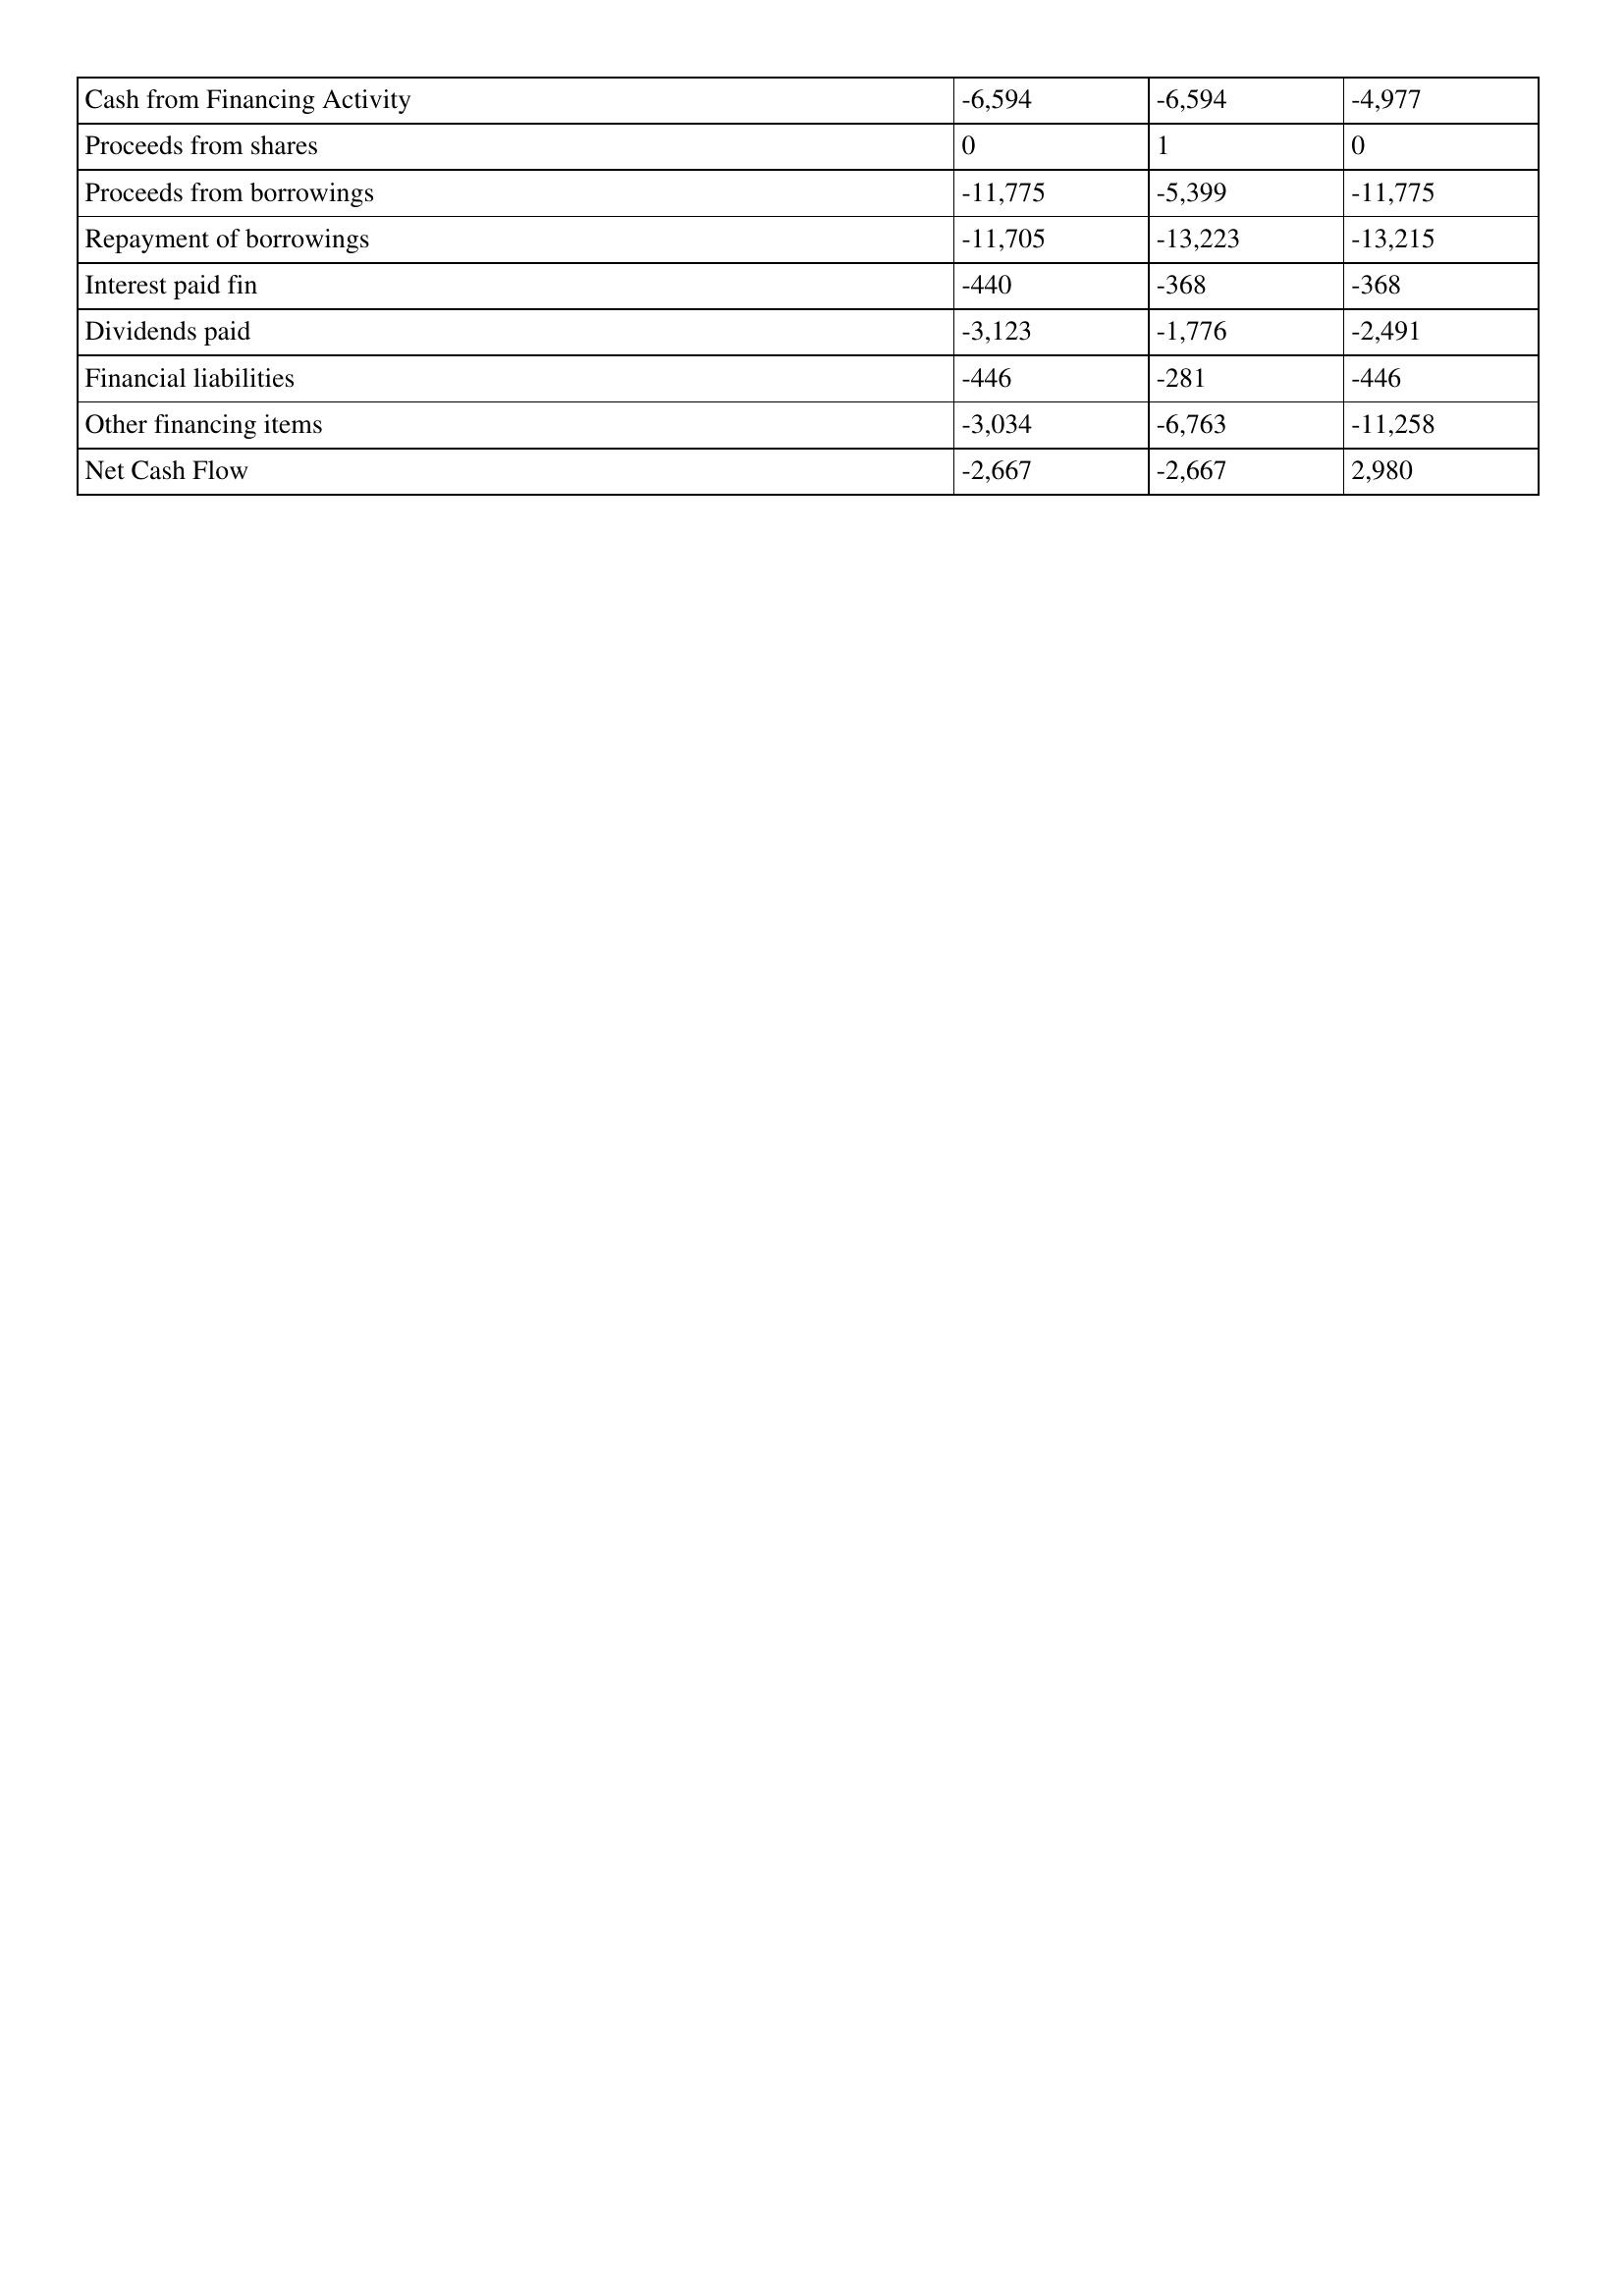
gt_parse: 1995: Cash Flows: Cash from Financing Activity: -6,594
Proceeds from shares: 0
Proceeds from borrowings: -11,775
Repayment of borrowings: -11,705
Interest paid fin: -440
Dividends paid: -3,123
Financial liabilities: -446
Other financing items: -3,034
Net Cash Flow: -2,667
1994: Cash Flows: Cash from Financing Activity: -6,594
Proceeds from shares: 1
Proceeds from borrowings: -5,399
Repayment of borrowings: -13,223
Interest paid fin: -368
Dividends paid: -1,776
Financial liabilities: -281
Other financing items: -6,763
Net Cash Flow: -2,667
1993: Cash Flows: Cash from Financing Activity: -4,977
Proceeds from shares: 0
Proceeds from borrowings: -11,775
Repayment of borrowings: -13,215
Interest paid fin: -368
Dividends paid: -2,491
Financial liabilities: -446
Other financing items: -11,258
Net Cash Flow: 2,980